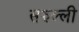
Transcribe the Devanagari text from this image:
सरुल्ली